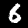
Digit: 6